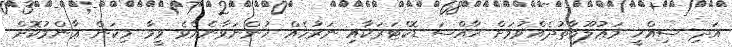
އަދި ސިއްޚީ މަޢުލޫމާތުދެއްވުމަށް ޚާއްސަ ޑޮކްޓަރަކާއި ނަރުހެއް ހުންނަވާނެއެވެ ވީމާ މިކަން ޢާންމުކޮށް